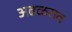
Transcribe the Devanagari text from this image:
अढळराव